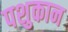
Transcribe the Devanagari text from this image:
पशुकान